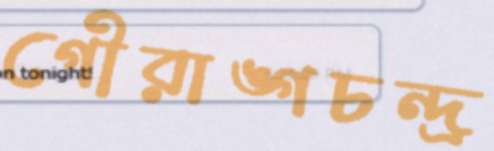
গৌরাঙ্গচন্দ্র